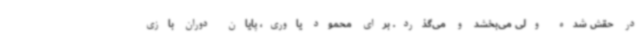
در حقش شده ولی می‌بخشد و می‌گذرد. برای محمود یاوری، پایان دوران بازی